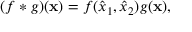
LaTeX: ( f * g ) ( \mathbf { x } ) = f ( \hat { x } _ { 1 } , \hat { x } _ { 2 } ) g ( \mathbf { x } ) ,